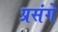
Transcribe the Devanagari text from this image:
प्रसंगे